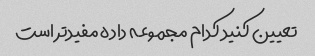
تعیین کنید کدام مجموعه داده مفیدتر است